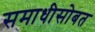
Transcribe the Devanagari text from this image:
समाधीसोबत